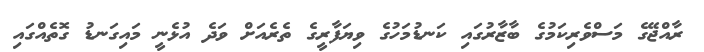
ރާއްޖޭގެ މަސްވެރިކަމުގެ ބާޒާރުގައި ކަނޑުމަހުގެ ވިޔަފާރީގެ ތެރެއަށް ވަދެ އުޅެނީ މައިގަނޑު ގޮތެއްގައި